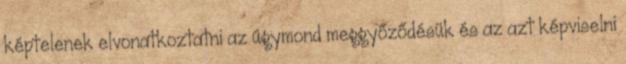
képtelenek elvonatkoztatni az úgymond meggyőződésük és az azt képviselni